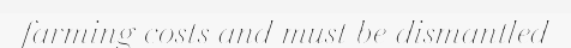
farming costs and must be dismantled